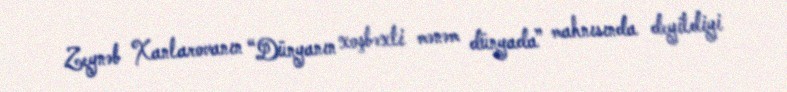
Zeynəb Xanlarovanın “Dünyanın xoşbəxti mənəm dünyada” mahnısında deyildiyi